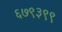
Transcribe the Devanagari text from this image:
६७९३९९